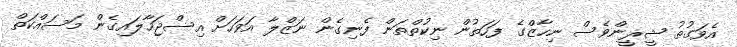
އެވަގުތު ޝީރީންވެސް ނިހާޒްގެ ފަހަތުން ނިކުތްތަން ފެނިގެން ނަޒްލާ އަވަހަށް އިސްޖަހާލައިގެން މަސައްކަތް